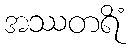
အဿတရိံ